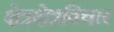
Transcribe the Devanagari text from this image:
क्षेत्रक्षेत्रविचार